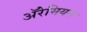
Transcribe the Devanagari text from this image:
अॅरेमियन